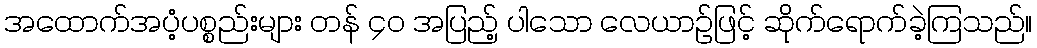
အထောက်အပံ့ပစ္စည်းများ တန် ၄၀ အပြည့် ပါသော လေယာဉ်ဖြင့် ဆိုက်ရောက်ခဲ့ကြသည်။